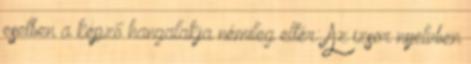
esetben a képző hangalakja némileg eltér: Az izsor nyelvben